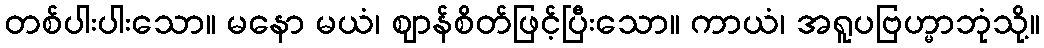
တစ်ပါးပါးသော။ မနော မယံ၊ ဈာန်စိတ်ဖြင့်ပြီးသော။ ကာယံ၊ အရူပဗြဟ္မာဘုံသို့။